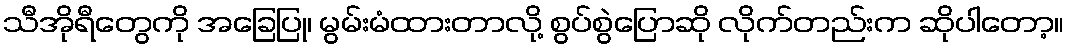
သီအိုရီတွေကို အခြေပြု၊ မွမ်းမံထားတာလို့ စွပ်စွဲပြောဆို လိုက်တည်းက ဆိုပါတော့။